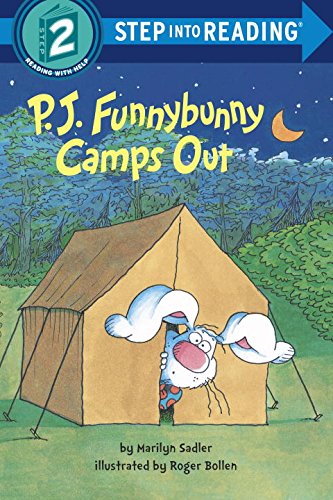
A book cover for P. J. Funnybunny Camps Out (Step into Reading); Marilyn Sadler; Children's Books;